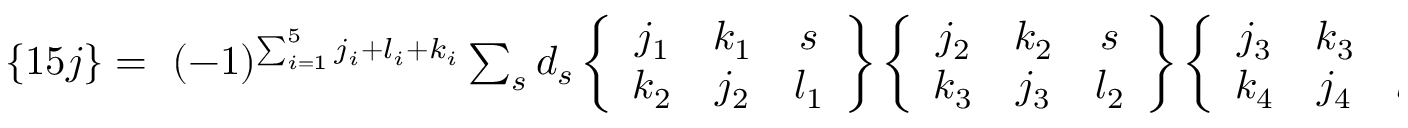
\begin{array} { r } { \{ 1 5 j \} = ~ ( - 1 ) ^ { \sum _ { i = 1 } ^ { 5 } j _ { i } + l _ { i } + k _ { i } } \sum _ { s } d _ { s } \left\{ \begin{array} { c c c } { j _ { 1 } } & { k _ { 1 } } & { s } \\ { k _ { 2 } } & { j _ { 2 } } & { l _ { 1 } } \end{array} \right\} \left\{ \begin{array} { c c c } { j _ { 2 } } & { k _ { 2 } } & { s } \\ { k _ { 3 } } & { j _ { 3 } } & { l _ { 2 } } \end{array} \right\} \left\{ \begin{array} { c c c } { j _ { 3 } } & { k _ { 3 } } & { s } \\ { k _ { 4 } } & { j _ { 4 } } & { l _ { 3 } } \end{array} \right\} \left\{ \begin{array} { c c c } { j _ { 4 } } & { k _ { 4 } } & { s } \\ { k _ { 5 } } & { j _ { 5 } } & { l _ { 4 } } \end{array} \right\} \left\{ \begin{array} { c c c } { j _ { 5 } } & { k _ { 5 } } & { s } \\ { j _ { 1 } } & { k _ { 1 } } & { l _ { 5 } } \end{array} \right\} \ . } \end{array}